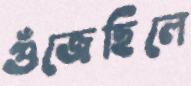
গুঁজেছিলে